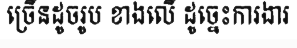
ច្រើនដូចរូប ខាងលើ ដូច្នេះការងារ